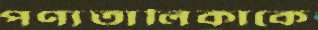
পণ্যতালিকাকে